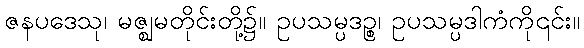
ဇနပဒေသု၊ မဇ္ဈမတိုင်းတို့၌။ ဥပသမ္ပဒဉ္စ၊ ဥပသမ္ပဒါကံကို၎င်း။